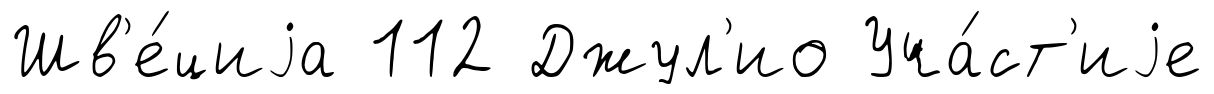
Шв'е́циjа 112 Джул'ио Уча́ст'иjе